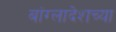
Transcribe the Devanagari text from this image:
बांग्लादेशच्या